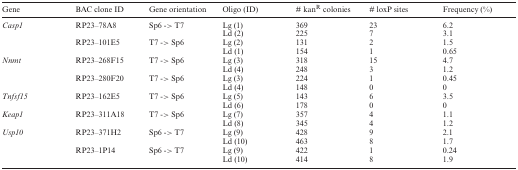
<table><thead><tr><td><b>Gene</b></td><td><b>BAC clone ID</b></td><td><b>Gene orientation</b></td><td><b>Oligo (ID)</b></td><td><b># kan<sup>R</sup> colonies</b></td><td><b># loxP sites</b></td><td><b>Frequency (%)</b></td></tr></thead><tbody><tr><td><i>Casp1</i></td><td>RP23–78A8</td><td>Sp6 -&gt; T7</td><td>Lg (1)</td><td>369</td><td>23</td><td>6.2</td></tr><tr><td></td><td></td><td></td><td>Ld (2)</td><td>225</td><td>7</td><td>3.1</td></tr><tr><td></td><td>RP23–101E5</td><td>T7 -&gt; Sp6</td><td>Lg (2)</td><td>131</td><td>2</td><td>1.5</td></tr><tr><td></td><td></td><td></td><td>Ld (1)</td><td>154</td><td>1</td><td>0.65</td></tr><tr><td><i>Nnmt</i></td><td>RP23–268F15</td><td>T7 -&gt; Sp6</td><td>Lg (3)</td><td>318</td><td>15</td><td>4.7</td></tr><tr><td></td><td></td><td></td><td>Ld (4)</td><td>248</td><td>3</td><td>1.2</td></tr><tr><td></td><td>RP23–280F20</td><td>T7 -&gt; Sp6</td><td>Lg (3)</td><td>224</td><td>1</td><td>0.45</td></tr><tr><td></td><td></td><td></td><td>Ld (4)</td><td>148</td><td>0</td><td>0</td></tr><tr><td><i>Tnfsf15</i></td><td>RP23–162E5</td><td>T7 -&gt; Sp6</td><td>Lg (5)</td><td>143</td><td>6</td><td>3.5</td></tr><tr><td></td><td></td><td></td><td>Ld (6)</td><td>178</td><td>0</td><td>0</td></tr><tr><td><i>Keap1</i></td><td>RP23–311A18</td><td>T7 -&gt; Sp6</td><td>Lg (7)</td><td>357</td><td>4</td><td>1.1</td></tr><tr><td></td><td></td><td></td><td>Ld (8)</td><td>345</td><td>4</td><td>1.2</td></tr><tr><td><i>Usp10</i></td><td>RP23–371H2</td><td>Sp6 -&gt; T7</td><td>Lg (9)</td><td>428</td><td>9</td><td>2.1</td></tr><tr><td></td><td></td><td></td><td>Ld (10)</td><td>463</td><td>8</td><td>1.7</td></tr><tr><td></td><td>RP23–1P14</td><td>Sp6 -&gt; T7</td><td>Lg (9)</td><td>422</td><td>1</td><td>0.24</td></tr><tr><td></td><td></td><td></td><td>Ld (10)</td><td>414</td><td>8</td><td>1.9</td></tr></tbody></table>